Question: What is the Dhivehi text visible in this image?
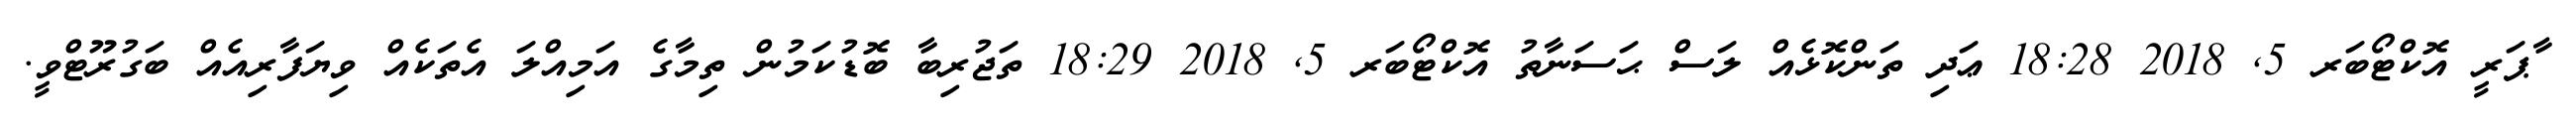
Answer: ާޕަރީ އޮކްޓޯބަރ 5, 2018 18:28 ޢަދި ތަންކޮޅެއް ލަސް ޙަސަނާތު އޮކްޓޯބަރ 5, 2018 18:29 ތަޖުރިބާ ބޮޑުކަމުން ތިމާގެ އަމިއްލަ އެތަކެއް ވިޔަފާރިއެއް ބަގުރޫޓްވީ.